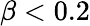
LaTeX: \beta<0.2